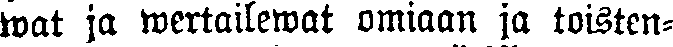
wat ja wertailewat omiaan ja toisten-